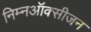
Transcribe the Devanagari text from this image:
निम्नऑक्सीजन